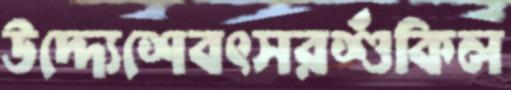
উদ্দ্যেশেবৎসরশুঁকিল